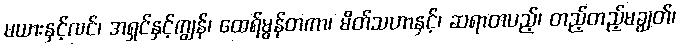
မယားနှင့်လင်၊ အရှင်နှင့်ကျွန်၊ ထေရ်မွန်တကာ၊ မိတ်သဟာနှင့်၊ ဆရာတပည့်၊ တည့်တည့်မချွတ်၊